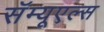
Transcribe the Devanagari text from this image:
सॅम्यूएल्स